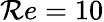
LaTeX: \mathcal{R}e=10